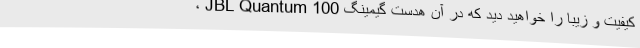
کیفیت و زیبا را خواهید دید که در آن هدست گیمینگ JBL Quantum 100 ،